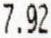
7.92